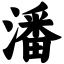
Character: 潘